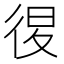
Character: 𢓴